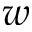
w